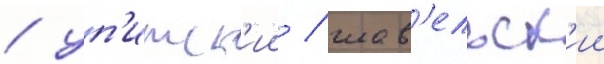
/ уп'итск'ии / шав'ельск'ии